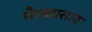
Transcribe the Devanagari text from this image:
भैरवप्रसाद